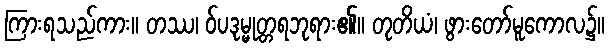
ကြားရသည်ကား။ တဿ၊ ဝ်ပဒုမ္မုတ္တရဘုရား၏။ တုတိယံ၊ ဖွားတော်မူကောလ၌။